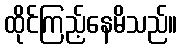
ထိုင်ကြည့်နေမိသည်။